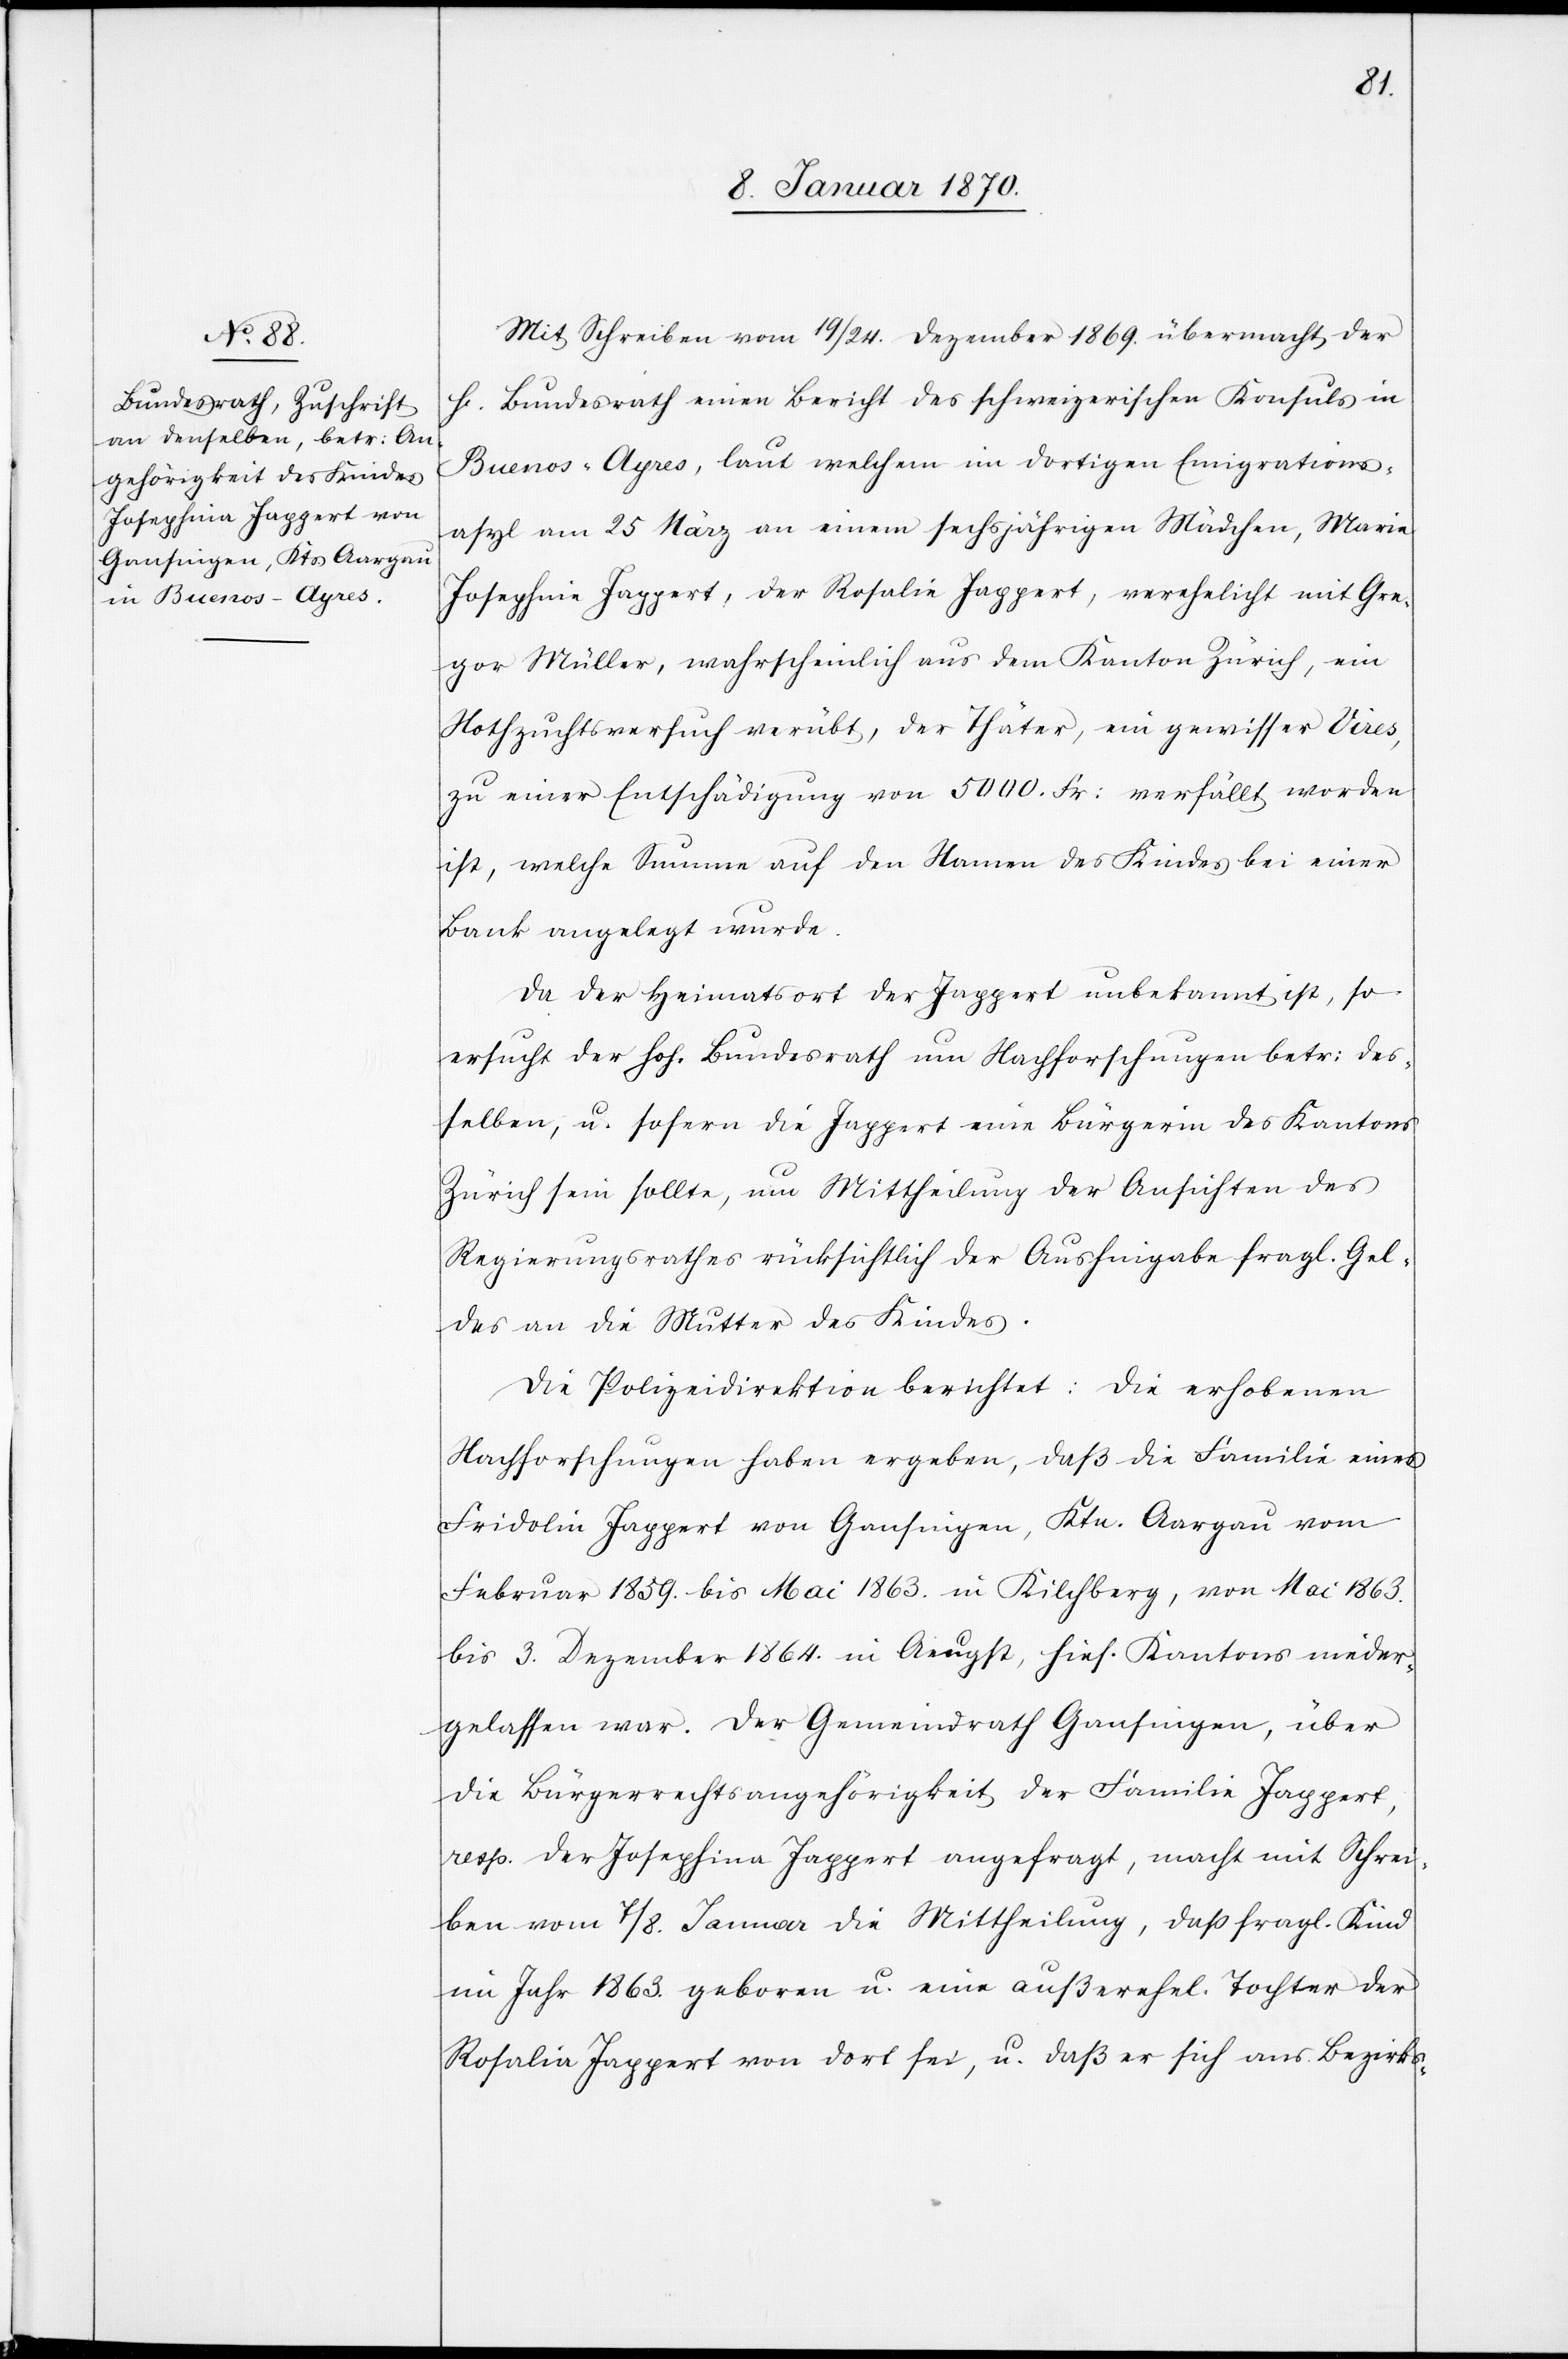
Mit Schreiben vom 19/24. Dezember 1869. übermacht der
Bundesrath einen Bericht des schweizerischen Konsuls in
Buenos-Ayres, laut welchem im dortigen Emigrations¬
asyl am 25 März an einem sechsjährigen Mädchen, Maria
Josephine Jappert, der Rosalia Jappert, verehelicht mit Gre¬
gor Müller, wahrscheinlich aus dem Kanton Zürich, ein
Nothzuchtsversuch verübt, der Thäter, ein gewisser Vires,
zu einer Entschädigung von 5000 Fr: verfällt worden
ist, welche Summe auf den Namen des Kindes bei einer
Bank angelegt wurde.
Da der Heimatort der Jappert unbekannt ist, so
ersucht der hoh. Bundesrath um Nachforschungen betr: des¬
selben, u. sofern die Jappert eine Bürgerin des Kantons
Zürich sein sollte, um Mittheilung der Anschriften des
Regierungsrathes rücksichtlich der Aushingabe fragl. Gel¬
des an die Mutter des Kindes.
Die Polizeidirektion berichtet: Die erhobenen
Nachforschungen haben ergeben, daß die Familie eines
Fridolin Jappert von Gansingen, Ktn. Aargau vom
Februar 1859. bis Mai 1863. in Kilchberg, von Mai 1863.
bis 3. Dezember 1864. in Aeugst, hies. Kantons nieder¬
gelassen war. Der Gemeindrath Gansingen, über
die Bürgerrechtsangehörigkeit der Familie Jappert,
resp. der Josephina Jappert angefragt, macht mit Schrei¬
ben vom 7/8. Januar die Mittheilung, daß fragl. Kind
im Jahr 1863. geboren u. eine außerehel. Tochter der
Rosalia Jappert von dort sei, u. daß er sich ans Bezirks-